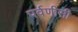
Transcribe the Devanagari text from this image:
पर्वणीसी